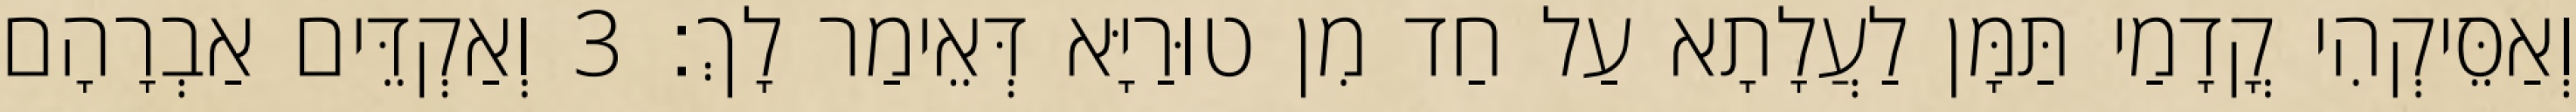
וְאַסֵּיקְהִי קֳדָמַי תַּמָּן לַעֲלָתָא עַל חַד מִן טוּרַיָּא דְּאֵימַר לָךְ׃ 3 וְאַקְדֵּים אַבְרָהָם